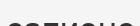
сапиенс